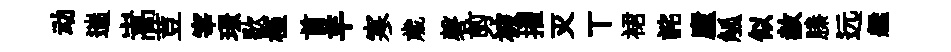
动遄嵩荳宰璟歇槿首羊寒歲磬剪被擢灭丅裙詫廬觚似赦縢远艦